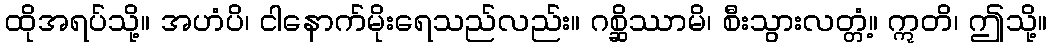
ထိုအရပ်သို့။ အဟံပိ၊ ငါနောက်မိုးရေသည်လည်း။ ဂစ္ဆိဿာမိ၊ စီးသွားလတ္တံ့။ ဣတိ၊ ဤသို့။